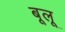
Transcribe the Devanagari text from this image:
बूलू